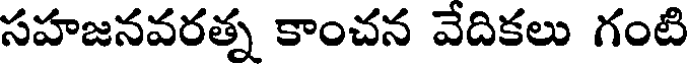
సహజనవరత్న కాంచన వేదికలు గంటి